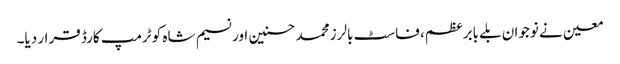
معین نے نوجوان بلے بابرعظم، فاسٹ بالرز محمد حسنین اور نسیم شاہ کو ٹرمپ کارڈ قرار دیا۔